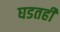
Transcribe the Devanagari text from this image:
घडतही